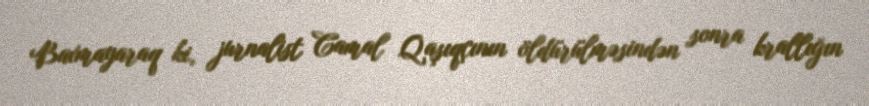
Baxmayaraq ki, jurnalist Camal Qaşıqçının öldürülməsindən sonra krallığın